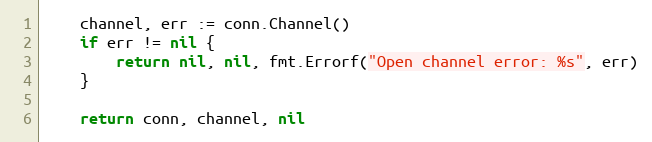
Language: Go
	channel, err := conn.Channel()
	if err != nil {
		return nil, nil, fmt.Errorf("Open channel error: %s", err)
	}

	return conn, channel, nil